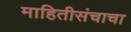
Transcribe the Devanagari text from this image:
माहितीसंचाचा